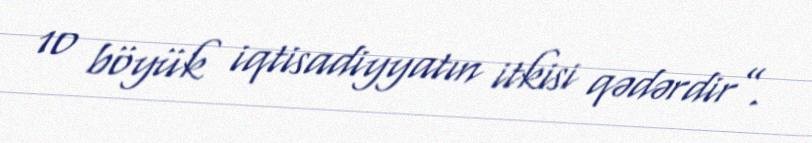
10 böyük iqtisadiyyatın itkisi qədərdir”.